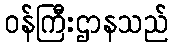
ဝန်ကြီးဌာနသည်